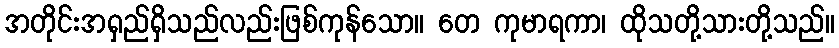
အတိုင်းအရှည်ရှိသည်လည်းဖြစ်ကုန်သော။ တေ ကုမာရကာ၊ ထိုသတို့သားတို့သည်။